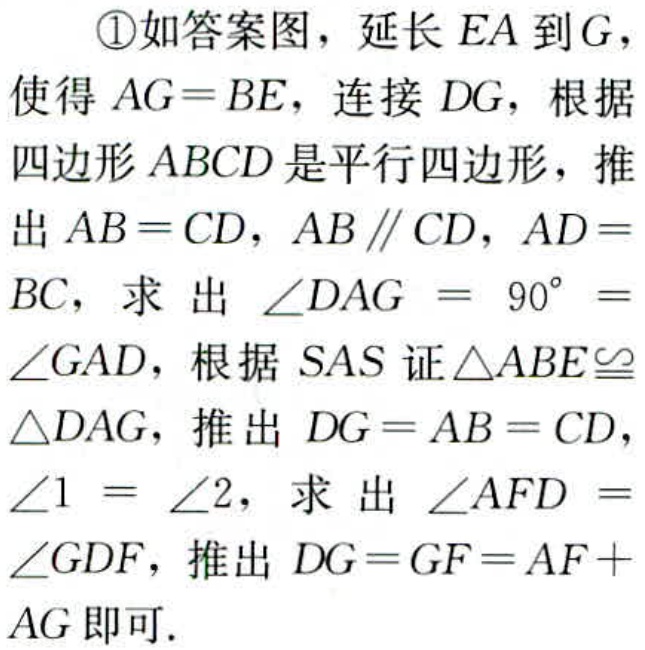
\textcircled{1}如答案图，延长 \(EA\) 到 \(G\)，使得 \(AG = BE\)，连接 \(DG\)，根据四边形 \(ABCD\) 是平行四边形，推出 \(AB = CD\)，\(AB\parallel CD\)，\(AD = BC\)，求出 \(\angle DAG = 90^{\circ}=\angle GAD\)，根据 \(SAS\) 证 \(\triangle ABE\cong\triangle DAG\)，推出 \(DG = AB = CD\)，\(\angle1=\angle2\)，求出 \(\angle AFD=\angle GDF\)，推出 \(DG = GF = AF + AG\) 即可.